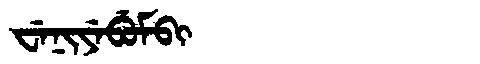
Manchu: ᠸᡝᠨᡳᠶᡝᠪᡠᠮᠪᡳ
Romanization: WENIYEBUMBI